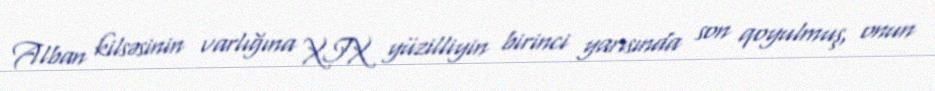
Alban kilsəsinin varlığına XIX yüzilliyin birinci yarısında son qoyulmuş, onun